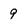
Character: 9